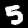
Digit: 5